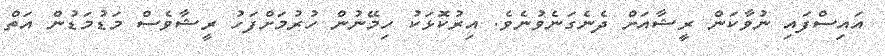
އައިސްފައި ނުވާކަން ރީޝާއަށް ދެނެގަނެވުނެވެ. އިރުކޮޅަކު ހިމޭނުން ހުރުމަށްފަހު ރީޝާވެސް މަޑުމަޑުން އަތް